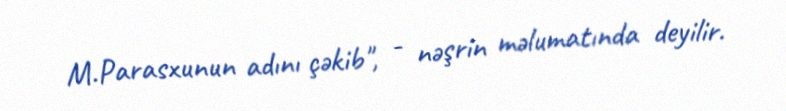
M.Parasxunun adını çəkib", - nəşrin məlumatında deyilir.